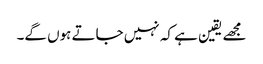
مجھے یقین ہے کہ نہیں جاتے ہوں گے۔